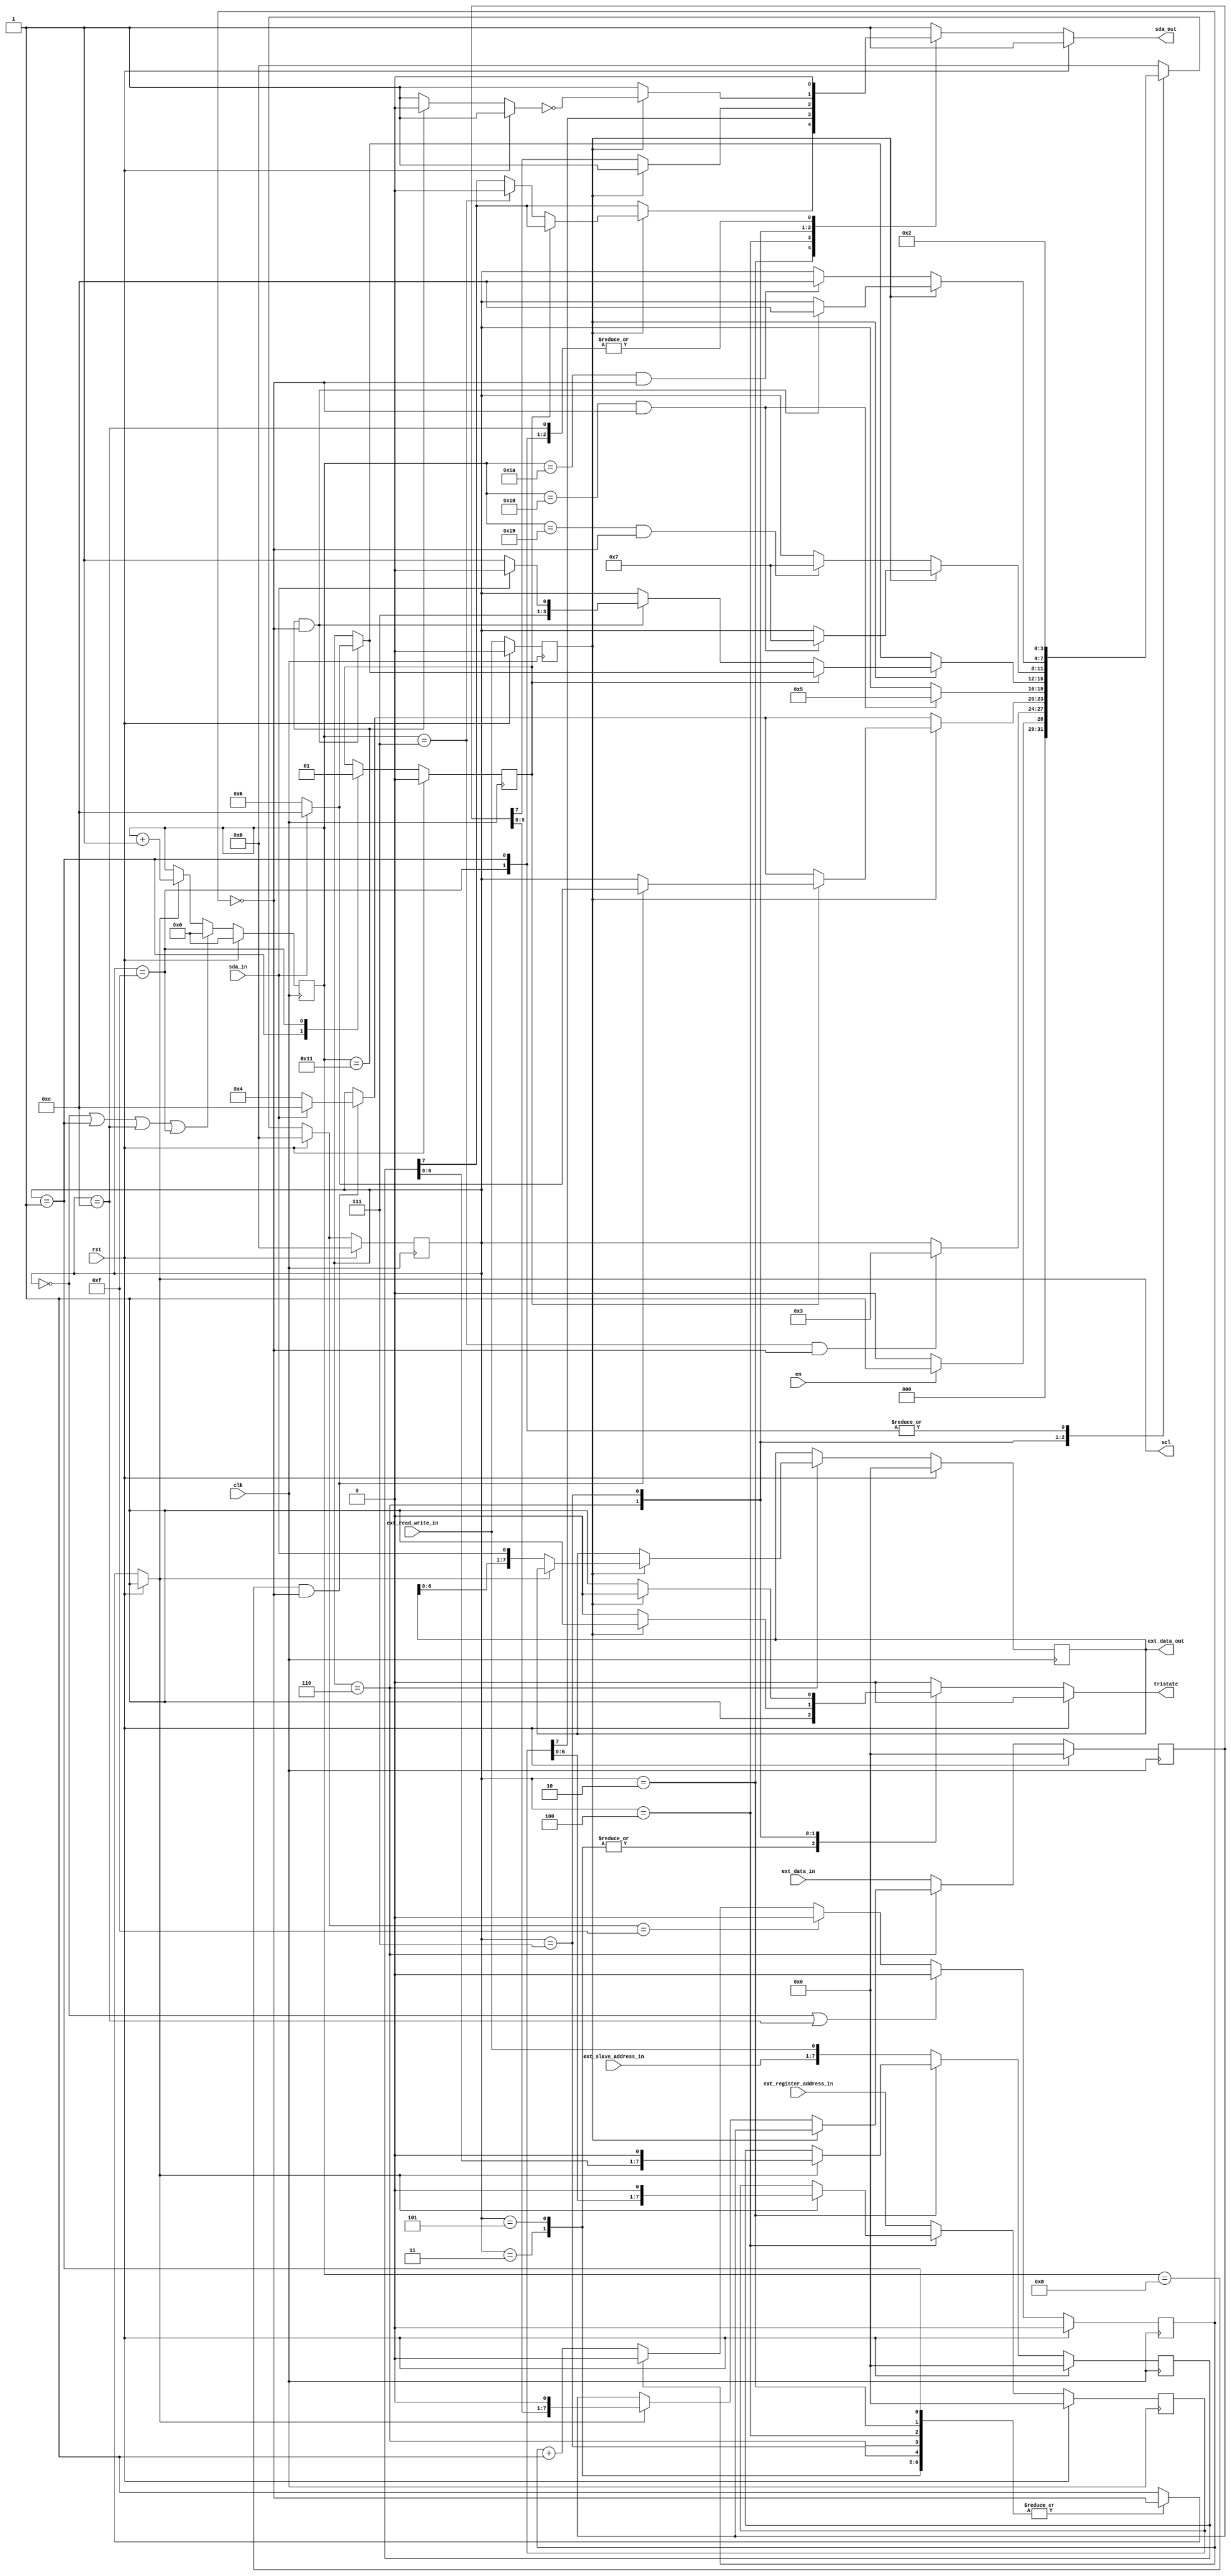
module i2c_master (
    input wire clk,
    input wire rst,
    input wire en,
    // Serial Clock
    output reg scl,
    // Serial Data
    input wire [6:0] ext_slave_address_in,
    input wire ext_read_write_in,
    input wire [7:0] ext_register_address_in,
    input wire [7:0] ext_data_in,
    output reg tristate,
    output reg sda_out,
    input wire sda_in,
    output wire [7:0] ext_data_out
);

    /* SERIAL CLOCK */
    
    reg clock_count;

    always @(posedge clk) begin
        if (rst) begin
            clock_count <= 0;
        end
        else begin
            if ((current_state == IDLE) || (current_state == STOP)) begin
                clock_count <= 0;
            end
            else if (next_state == REPEATED_START) begin
                clock_count <= 0;
            end
            else begin
                if (clock_count == 1) begin
                    clock_count <= 0;
                end
                else begin
                    clock_count <= clock_count + 1;
                end
            end
        end
    end

    /* BIT COUNTER */

    reg [5:0] bit_count;

    always @(posedge clk) begin
        if (rst) begin
            bit_count <= 0;
        end
        else begin
            if ((current_state == IDLE) || (current_state == START) || (current_state == STOP) || (current_state == REPEATED_START)) begin
                bit_count <= 0;
            end
            else begin
                if (scl == 1'b1) begin
                bit_count <= bit_count + 1;
                end
                else begin
                    bit_count <= bit_count;
                end
            end
        end
    end

    /* SLAVE ADDRESS & READ / WRITE */

    reg [7:0] slave_address_save;
    reg read_write_save;

    always @(posedge clk) begin
        if (rst) begin
            slave_address_save <= 0;
            read_write_save <= 0;
        end
        else begin
            if (current_state == SLAVE_ADDRESS) begin
                if (scl == 1'b1) begin
                    slave_address_save <= {slave_address_save[6:0],1'b0};
                end
                else begin
                    slave_address_save <= slave_address_save;
                end
            end
            else begin
                slave_address_save <= {ext_slave_address_in,ext_read_write_in};
            end
            read_write_save <= ext_read_write_in;
        end
    end

    /* REGISTER ADDRESS */

    reg [7:0] register_address_save;

    always @(posedge clk) begin
        if (rst) begin
            register_address_save <= 0;
        end
        else begin
            if (current_state == REGISTER_ADDRESS) begin
                if (scl == 1'b1) begin
                    register_address_save <= {register_address_save[6:0],1'b0};
                end
                else begin
                    register_address_save <= register_address_save;
                end
            end
            else begin
                register_address_save <= ext_register_address_in;
            end
        end
    end

    /* DATA */

    reg [7:0] data_write, data_read;

    always @(posedge clk) begin
        if (rst) begin
            data_write <= 0;
            data_read <= 0;
        end
        else begin
            if (current_state == DATA_BYTE) begin
                // Write
                if (read_write_save == 0) begin
                    if (scl == 1'b1) begin
                        data_write <= {data_write[6:0],1'b0};
                    end
                    else begin
                        data_write <= data_write;
                    end
                end
                // Read
                else if (read_write_save == 1) begin
                    if (scl == 1'b0) begin
                        data_read <= {data_read[6:0],sda_in};
                    end
                    else begin
                        data_read <= data_read;
                    end
                end
                else begin
                    data_write <= data_write;
                    data_read <= data_read;
                end
            end
            else begin
                data_write <= ext_data_in;
                data_read <= data_read;
            end
        end
    end

    assign ext_data_out = data_read;

    /* DATA ACKNOWLEDGEMENT */

    reg ack;

    always @(*) begin
        if (rst) begin
            ack = 1;
        end
        else begin
            if (bit_count == 17) begin
                ack = 0;
            end
            else begin
                ack = 1;
            end
        end
    end
    
    /* FINITE STATE MACHINE */

    localparam IDLE = 4'h0;
    localparam START = 4'h1;
    localparam SLAVE_ADDRESS = 4'h2;
    localparam SLAVE_ADDRESS_ACKNOWLEDGE = 4'h3;
    localparam REGISTER_ADDRESS = 4'h4;
    localparam REGISTER_ADDRESS_ACKNOWLEDGE = 4'h5;
    localparam DATA_BYTE = 4'h6;
    localparam DATA_BYTE_ACKNOWLEDGE = 4'h7;
    localparam STOP = 4'he;
    localparam REPEATED_START = 4'hf;

    reg [3:0] current_state, next_state;
    reg repeated_start_indication;
    reg repeated_start_signal;

    always @(posedge clk) begin
        if (rst) begin
            current_state <= 0;
            repeated_start_signal <= 0;
        end
        else begin
            current_state <= next_state;
            repeated_start_signal <= repeated_start_indication;
        end
    end

    always @(*) begin
        scl = 1;
        tristate = 0;
        sda_out = 1;
        next_state = 0;
        repeated_start_indication = repeated_start_signal;
        if (rst) begin
            next_state = 0;
            repeated_start_indication = 0;
        end
        else begin
            case (current_state)
                IDLE: begin
                    scl = 1;
                    tristate = 0;
                    sda_out = 1;
                    if (en == 1'b1) begin
                        next_state = START;
                    end
                end
                START: begin
                    scl = ~clock_count;
                    tristate = 0;
                    sda_out = 0;
                    repeated_start_indication = 0;
                    next_state = SLAVE_ADDRESS;
                end
                SLAVE_ADDRESS: begin
                    scl = ~clock_count;
                    tristate = 0;
                    // Write
                    if (read_write_save == 0) begin
                        sda_out = slave_address_save[7];
                    end
                    // Read
                    else begin
                        // Start
                        if (repeated_start_indication == 1'b0) begin
                            if (bit_count == 7) begin
                                sda_out = 0;
                            end
                            else begin
                                sda_out = slave_address_save[7];
                            end
                        end
                        // Repeated Start
                        else begin
                            sda_out = slave_address_save[7];
                        end 
                    end
                    // Next State
                    if ((bit_count == 7) && (scl == 1'b1)) begin
                        next_state = SLAVE_ADDRESS_ACKNOWLEDGE;
                    end
                    else begin
                        next_state = current_state;
                    end
                end
                SLAVE_ADDRESS_ACKNOWLEDGE: begin
                    scl = ~clock_count;
                    tristate = 1;
                    sda_out = 1;
                    // Write
                    if (read_write_save == 0) begin
                        if ((bit_count == 8) && (scl == 1'b1)) begin
                            // ACK
                            if (sda_in == 1'b0) begin
                                next_state = REGISTER_ADDRESS;
                            end
                            // NACK
                            else begin
                                next_state = STOP;
                            end
                        end
                        else begin
                            next_state = current_state;
                        end
                    end
                    // Read
                    else begin
                        // Start
                        if (repeated_start_indication == 1'b0) begin
                            if ((bit_count == 8) && (scl == 1'b1)) begin
                                // ACK
                                if (sda_in == 1'b0) begin
                                    next_state = REGISTER_ADDRESS;
                                end
                                // NACK
                                else begin
                                    next_state = STOP;
                                end
                            end
                            else begin
                                next_state = current_state;
                            end
                        end
                        // Repeated Start
                        else begin
                            if ((bit_count == 8) && (scl == 1'b1)) begin
                                // ACK
                                if (sda_in == 1'b0) begin
                                    next_state = DATA_BYTE;
                                end
                                // NACK
                                else begin
                                    next_state = STOP;
                                end
                            end
                            else begin
                                next_state = current_state;
                            end
                        end
                    end
                end
                REGISTER_ADDRESS: begin
                    scl = ~clock_count;
                    tristate = 0;
                    sda_out = register_address_save[7];
                    if ((bit_count == 16) && (scl == 1'b1)) begin
                        next_state = REGISTER_ADDRESS_ACKNOWLEDGE;
                    end
                    else begin
                        next_state = current_state;
                    end
                end
                REGISTER_ADDRESS_ACKNOWLEDGE: begin
                    scl = ~clock_count;
                    tristate = 1;
                    sda_out = 1;
                    // Write
                    if (read_write_save == 0) begin
                        if ((bit_count == 17) && (scl == 1'b1)) begin
                            // ACK
                            if (sda_in == 1'b0) begin
                                next_state = DATA_BYTE;
                            end
                            // NACK
                            else begin
                                next_state = STOP;
                            end
                        end
                        else begin
                            next_state = current_state;
                        end
                    end
                    // Read
                    else begin
                        // Start
                        if (repeated_start_indication == 1'b0) begin
                            if ((bit_count == 17) && (scl == 1'b1)) begin
                                // ACK
                                if (sda_in == 1'b0) begin
                                    next_state = REPEATED_START;
                                end
                                // NACK
                                else begin
                                    next_state = STOP;
                                end
                            end
                            else begin
                                next_state = current_state;
                            end
                        end
                        // Repeated Start
                        else begin
                            if ((bit_count == 17) && (scl == 1'b1)) begin
                                // ACK
                                if (sda_in == 1'b0) begin
                                    next_state = DATA_BYTE;
                                end
                                // NACK
                                else begin
                                    next_state = STOP;
                                end
                            end
                            else begin
                                next_state = current_state;
                            end
                        end
                    end
                end
                DATA_BYTE: begin
                    scl = ~clock_count;
                    // Write
                    if (read_write_save == 0) begin
                        tristate = 0;
                        sda_out = data_write[7];
                        // Next State
                        if ((bit_count == 25) && (scl == 1'b1)) begin
                            next_state = DATA_BYTE_ACKNOWLEDGE;
                        end
                        else begin
                            next_state = current_state;
                        end
                    end
                    // Read
                    else begin
                        tristate = 1;
                        sda_out = 1;
                        // Next State
                        if ((bit_count == 16) && (scl == 1'b1)) begin
                            next_state = DATA_BYTE_ACKNOWLEDGE;
                        end
                        else begin
                            next_state = current_state;
                        end
                    end
                    
                end
                DATA_BYTE_ACKNOWLEDGE: begin
                    scl = ~clock_count;
                    // Write
                    if (read_write_save == 0) begin
                        tristate = 1;
                        sda_out = 1;
                        if ((bit_count == 26) && (scl == 1'b1)) begin
                            // ACK
                            if (sda_in == 1'b0) begin
                                next_state = STOP;
                            end
                            // NACK
                            else begin
                                next_state = STOP;
                            end
                        end
                        else begin
                            next_state = current_state;
                        end
                    end
                    // Read
                    else begin
                        tristate = 0;
                        sda_out = ~ack;
                        if ((bit_count == 17) && (scl == 1'b1)) begin
                            // ACK
                            if (sda_out == 1'b0) begin
                                next_state = STOP;
                            end
                            // NACK
                            else begin
                                next_state = STOP;
                            end
                        end
                        else begin
                            next_state = current_state;
                        end
                    end
                end
                STOP: begin
                    scl = 1;
                    tristate = 0;
                    sda_out = 0;
                    next_state = IDLE;
                end
                REPEATED_START: begin
                    scl = 1;
                    tristate = 0;
                    sda_out = 0;
                    repeated_start_indication = 1;
                    next_state = SLAVE_ADDRESS;
                end
                default: next_state = IDLE;
            endcase
        end
    end
    
endmodule